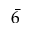
\bar { 6 }